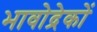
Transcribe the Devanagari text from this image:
भावोद्रेकों